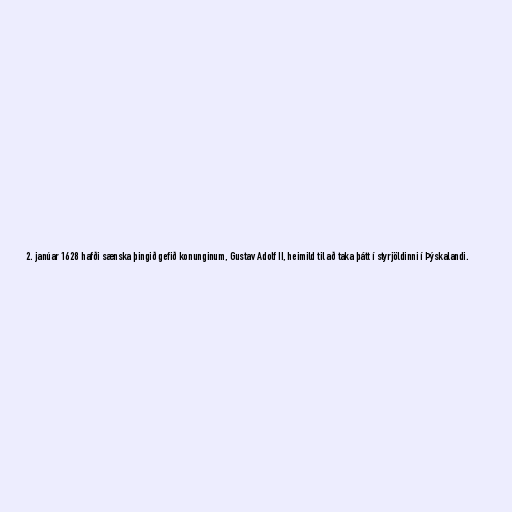
2. janúar 1628 hafði sænska þingið gefið konunginum, Gustav Adolf II, heimild til að taka þátt í styrjöldinni í Þýskalandi.